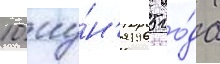
10 иу́н'я 1965 го́да